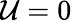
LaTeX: \mathcal{U}=0